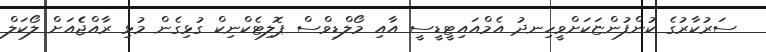
ސަރުކާރުގެ ކުންފުންޏަކަށްވީހިނދު އެމްއައިޓީޑީސީ އާއި މޯލްޑިވްސް ޕޮލިޓެކްނިކް ގުޅިގެން މުޅި ރާއްޖެެއަށް ލޯކަލް